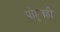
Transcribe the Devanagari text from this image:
पोहूनही